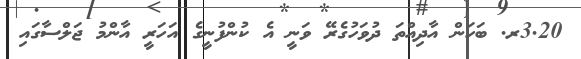
3.20ރ. ބަހަން އާދިއްތަ ދުވަހުގެރޭ ވަނީ އެ ކުންފުނީގެ އަހަރީ އާންމު ޖަލްސާގައި